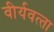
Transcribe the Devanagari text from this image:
वीर्यवत्‍ता